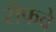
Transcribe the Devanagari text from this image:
सेफवे